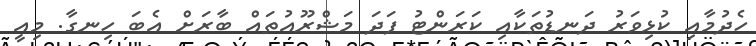
ހެދުމާއި ކުޅިވަރު ދަނޑުތަކާއި ކަރަންޓު ފަދަ މަޝްރޫއުތައް ބާރަށް އެބަ ހިނގާ. މިއީ